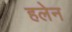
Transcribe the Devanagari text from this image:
हलेन